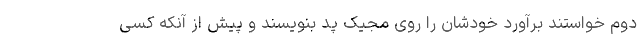
دوم خواستند برآورد خودشان را روی مجیک پد بنویسند و پیش از آنکه کسی